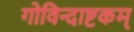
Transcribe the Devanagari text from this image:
गोविन्दाष्टकम्‌